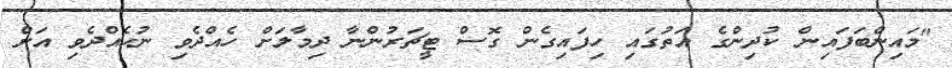
"މައިންބަފައިން ކުދިންގެ އަތުގައި ހިފައިގެން ގޮސް ޓީޗަރުންނާ ދިމާލަށް ހެއްދެވި ނުހެއްދެވި އަށް